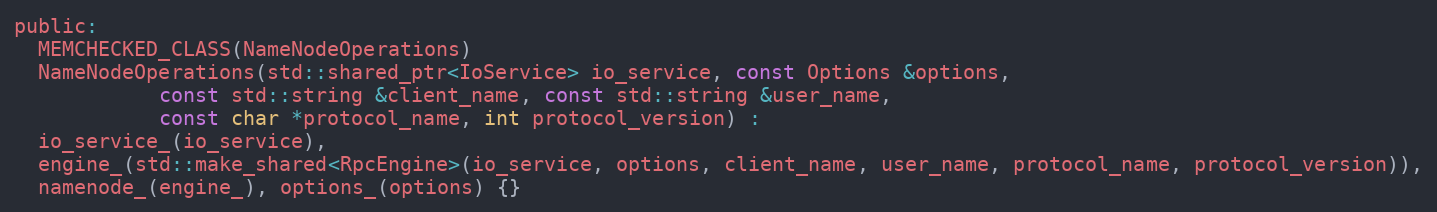
Language: C
public:
  MEMCHECKED_CLASS(NameNodeOperations)
  NameNodeOperations(std::shared_ptr<IoService> io_service, const Options &options,
            const std::string &client_name, const std::string &user_name,
            const char *protocol_name, int protocol_version) :
  io_service_(io_service),
  engine_(std::make_shared<RpcEngine>(io_service, options, client_name, user_name, protocol_name, protocol_version)),
  namenode_(engine_), options_(options) {}